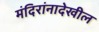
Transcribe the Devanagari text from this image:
मंदिरांनादेखील